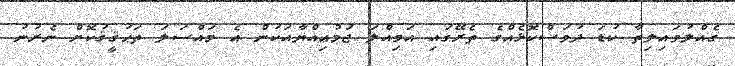
ގެއްލުވައިލިތާ ކުޑަ ދުވަސްކޮޅެއްގެ ތެރޭގައި އަމިއްލަ ޖަމުޢިއްޔާއަކުން އެ މައްސަލަ ތަޙުޤީޤުކޮށް ނެރުނު